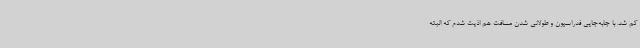
کم شد. با جابه‌جایی فدراسیون و طولانی شدن مسافت هم اذیت شدم که البته